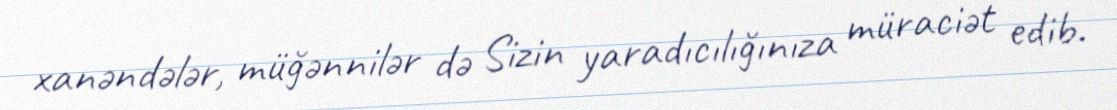
xanəndələr, müğənnilər də Sizin yaradıcılığınıza müraciət edib.